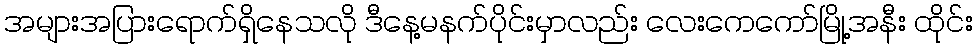
အများအပြားရောက်ရှိနေသလို ဒီနေ့မနက်ပိုင်းမှာလည်း လေးကေကော်မြို့အနီး ထိုင်း